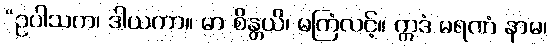
“ဥပါသက၊ ဒါယကာ။ မာ စိန္တယိ၊ မကြံလင့်။ ဣဒံ မရဏံ နာမ၊